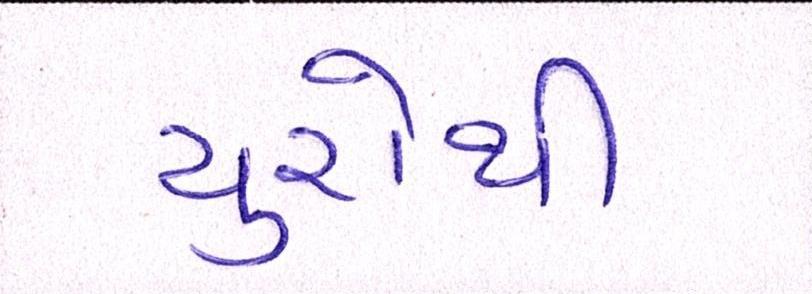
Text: યુરોથી